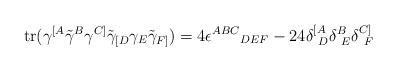
LaTeX: \begin{align*}\mbox{tr}(\gamma^{[A}\tilde{\gamma}^{B}\gamma^{C]}\tilde{\gamma}_{[D}\gamma_{E}\tilde{\gamma}_{F]})=4\epsilon^{ABC}{}_{DEF}-24\delta^{[A}_{~D}\delta^{B}_{~E}\delta^{C]}_{~F}\end{align*}